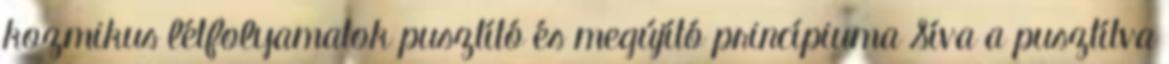
kozmikus létfolyamatok pusztító és megújító princípiuma Síva a pusztítva